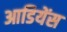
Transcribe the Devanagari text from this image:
आडियेंस